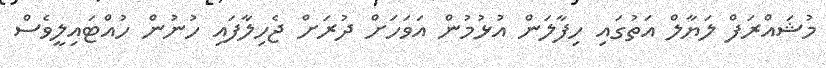
މުޝައްރަފް ލަޔާލް އަތުގައި ހިފާލަން އުޅުމުން އަވަހަށް ދުރަށް ޖެހިލާފައި ހުނުން ހުއްޓައިލީވެސް